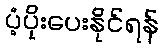
ပံ့ပိုးပေးနိုင်ရန်